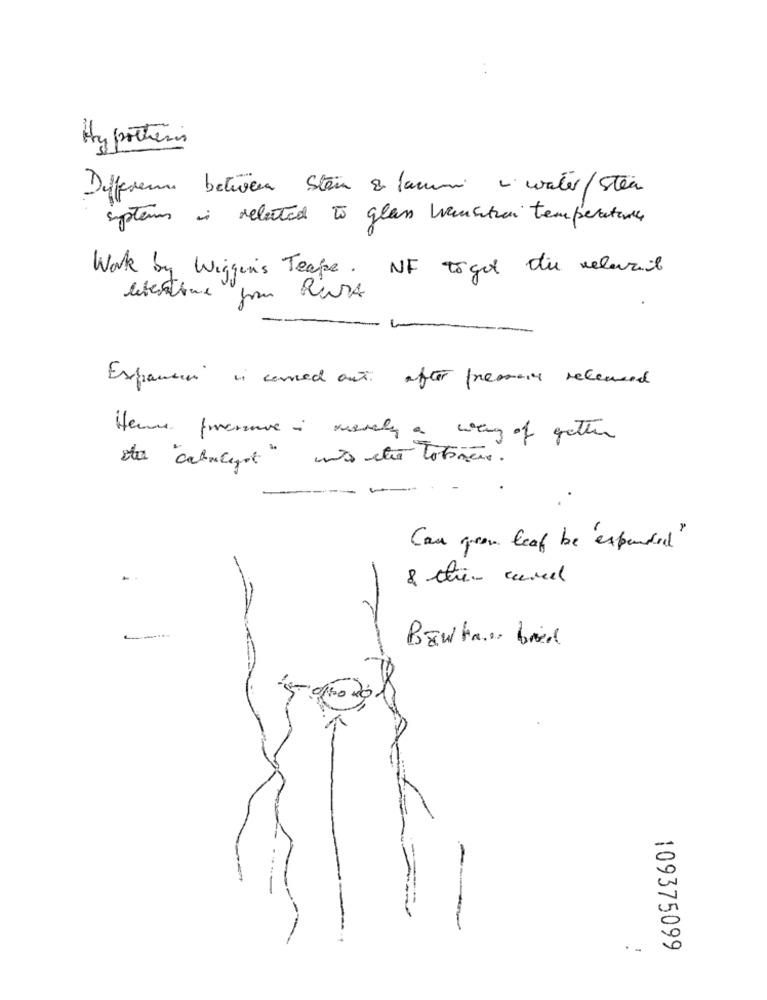
. .
Hypothesis
Difference between Sten & fammi water/stea
systems i related to glass vansitron temperature
Work by Wiggens Teape. NF toget ti velavril
literaire pour hurt
Expansion is carried out after pressant relevant
Have porcouve i usualy a weng of getter
sta "catalyst" we stra lotones.
Can green leaf be expanded"
--
Bawhan- brid
109375099